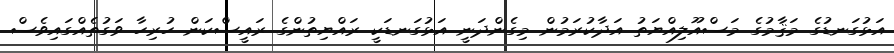
އަޅުގަނޑުގެ މަޤާމުގެ މަސްއޫލިއްޔަތު އަދާކުރަމުން މިގެންދަނީ އަޅުގަނޑަކީ ރައްޔިތުންގެ ރައީސްކަން ހުރިހާ ވަގުތެއްގައިވެސް